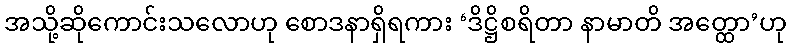
အသို့ဆိုကောင်းသလောဟု စောဒနာရှိရကား ‘ဒိဋ္ဌိစရိတာ နာမာတိ အတ္ထော’ဟု